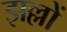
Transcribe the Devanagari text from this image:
झल्लों